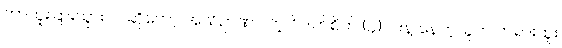
ဘာထူးခြားသွားလဲ ဆိုတော့ အသိဉာဏ်ပါတဲ့ ဝိပါက်စိတ် (၄) ပါးနဲ့ နေတဲ့သူက တရားထူး